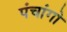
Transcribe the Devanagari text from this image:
पंचांगो